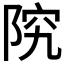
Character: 𫕂